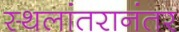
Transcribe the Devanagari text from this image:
स्थलांतरानंतर